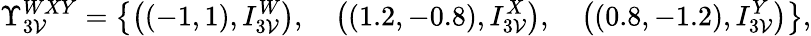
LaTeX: \Upsilon_{3\mathcal{V}}^{WXY}=\big\{ \big((-1,1),I_{3\mathcal{V}}^{W}\big),\quad\big((1.2,-0.8),I_{3\mathcal{V}}^{X}\big),\quad\big((0.8,-1.2),I_{3\mathcal{V}}^{Y}\big)\big\} ,